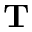
\mathbf { T }